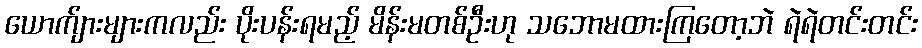
ယောက်ျားများကလည်း ပိုးပန်းရမည့် မိန်းမတစ်ဦးဟု သဘောမထားကြတော့ဘဲ ရဲရဲတင်းတင်း